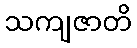
သကျဇာတိ